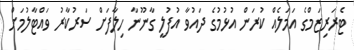
ޓެރަރިޒަމްގެ އަމަލެއް ކުރަން އުޅުމުގެ ދައުވާ އުފުލީ ގާނޫނާ ހިލާފަށް ސަރުކާރު ވައްޓާލުމަށް